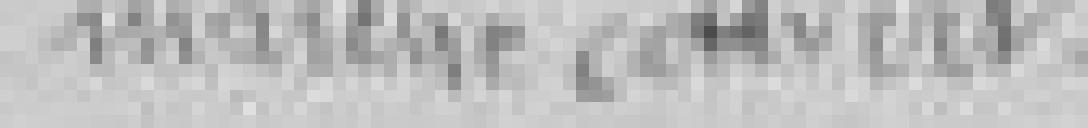
marché couvert